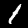
Digit: 1